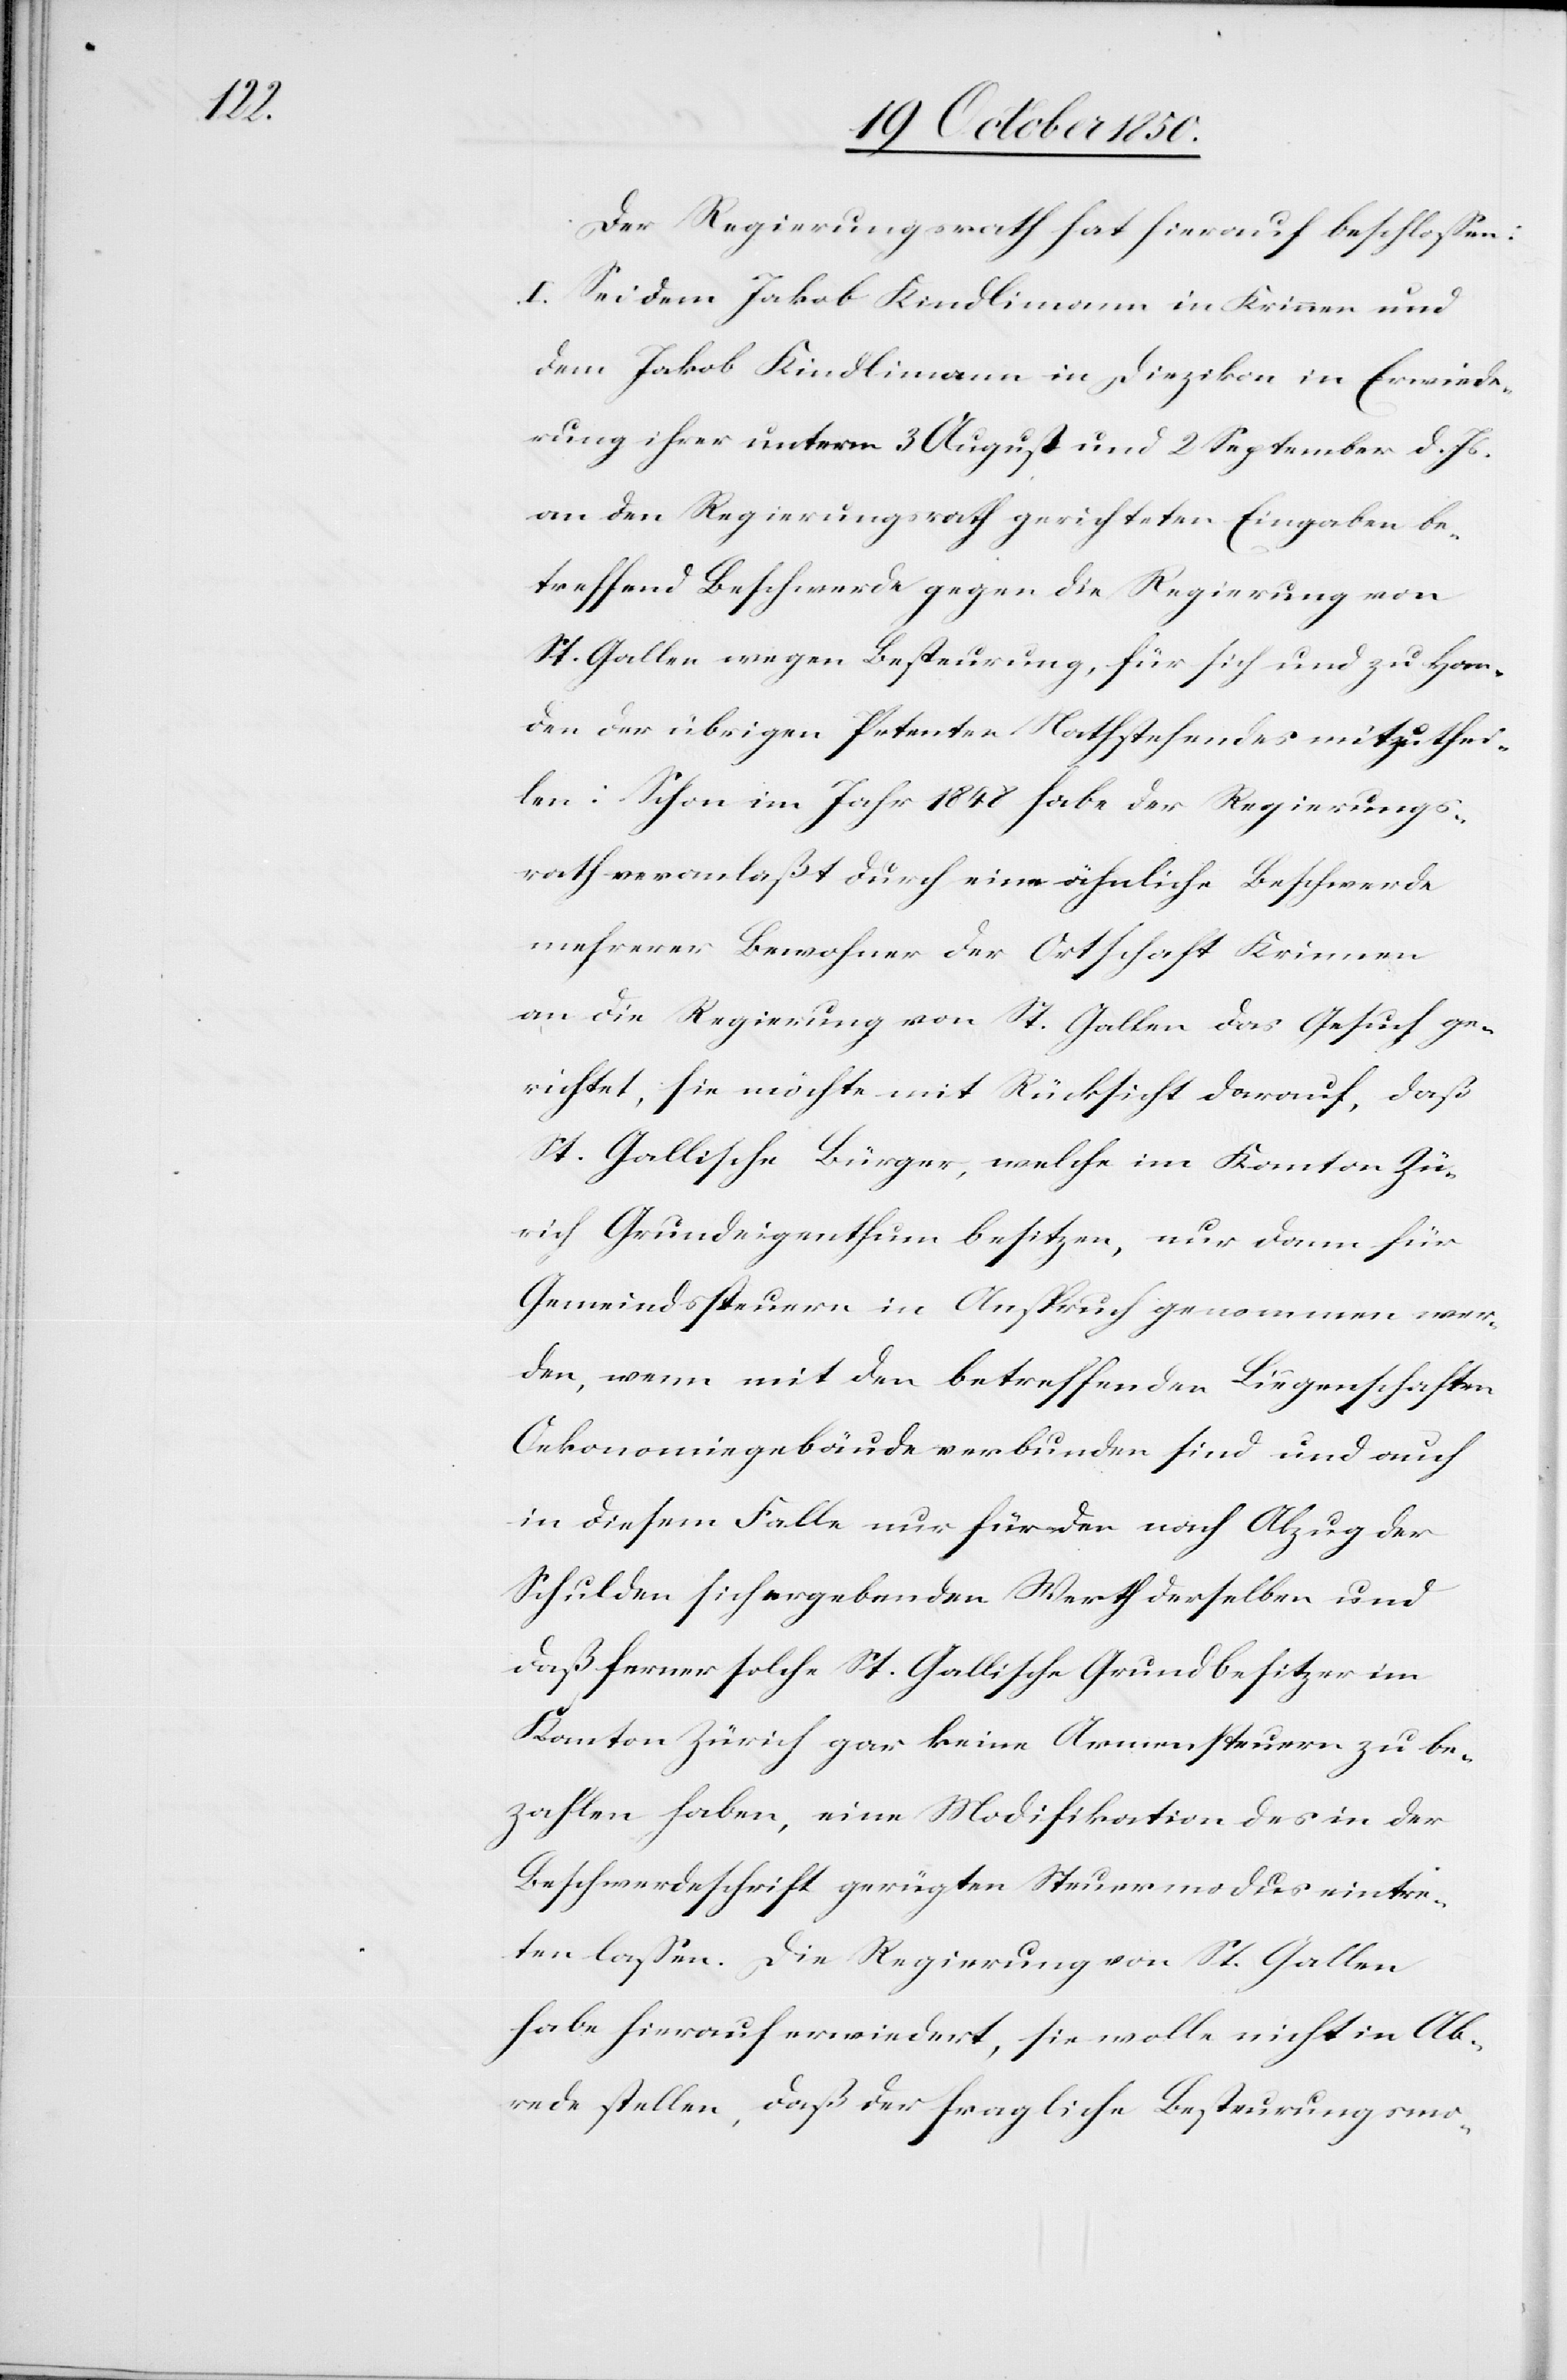
zuthei¬

Der Regierungsrath hat hierauf beschlossen:
I. Sei dem Jakob Kindlimann in Krinnen und
dem Jakob Kindlimann in Diezikon in Erwiede¬
rung ihrer unterm 3 August und 2 September d. Js.
an den Regierungsrath gerichteten Eingaben be¬
treffend Beschwerde gegen die Regierung von
St. Gallen wegen Besteurung, für sich und zu Han¬
den der übrigen Petenten Nathstehendes [recte:
len: Schon im Jahr 1848 habe der Regierungs¬
rath veranlaßt durch eine ähnliche Beschwerde
mehrerer Bewohner der Ortschaft Kriemen
an die Regierung von St. Gallen das Gesuch ge¬
richtet, sie möchte mit Rücksicht darauf, daß
St. Gallische Bürger welche im Kanton Zü¬
rich Grundeigenthum besitzen, nur dann für
Gemeindsssteuern in Anspruch genommen wer¬
den, wenn mit den betreffenden Liegenschaften
Oekonomiegebäude verbunden sind und auch
in diesem Falle nur für der nach Abzug der
Schulden sich ergebenden Werth derselben und
daß ferner solche St. Gallische Grundbesitzer im
Kanton Zürich gar keine Armensteuern zu be¬
zahlen haben, eine Modifikation des in der
Beschwerdeschrift gerügten Steuermodus eintre¬
ten lassen. Die Regierung von St. Gallen
habe hierauf erwiedert, sie wolle nicht in Ab¬
rede stellen, daß der fragliche Besteurungsmo-